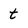
Character: t